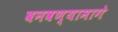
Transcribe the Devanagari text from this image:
बनवण्यामागे